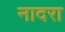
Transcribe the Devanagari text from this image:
नादरा